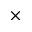
\times